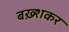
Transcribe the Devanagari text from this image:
बख़्शकर